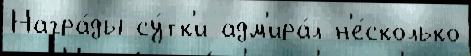
Награ́ды су́тк'и адм'ира́л н'е́сколько